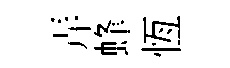
弄蜂恆